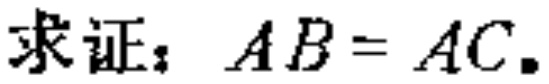
求证：\(AB = AC\)。